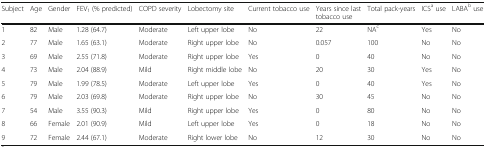
| Subject | Age | Gender | FEV1 (% predicted) | COPD severity | Lobectomy site | Current tobacco use | Years since last tobacco use | Total pack-years | ICSa use | LABAb use |
 | --- | --- | --- | --- | --- | --- | --- | --- | --- | --- | --- |
 | 1 | 82 | Male | 1.28 (64.7) | Moderate | Left upper lobe | No | 22 | NAc | Yes | No |
 | 2 | 77 | Male | 1.65 (63.1) | Moderate | Right upper lobe | No | 0.057 | 100 | No | No |
 | 3 | 69 | Male | 2.55 (71.8) | Moderate | Right upper lobe | Yes | 0 | 40 | No | No |
 | 4 | 73 | Male | 2.04 (88.9) | Mild | Right middle lobe | No | 20 | 30 | Yes | No |
 | 5 | 79 | Male | 1.99 (78.5) | Moderate | Left upper lobe | Yes | 0 | 40 | Yes | No |
 | 6 | 79 | Male | 2.03 (69.8) | Moderate | Right upper lobe | No | 30 | 45 | No | No |
 | 7 | 54 | Male | 3.55 (90.3) | Mild | Right upper lobe | Yes | 0 | 80 | No | No |
 | 8 | 66 | Female | 2.01 (90.9) | Mild | Left upper lobe | Yes | 0 | 18 | No | No |
 | 9 | 72 | Female | 2.44 (67.1) | Moderate | Right lower lobe | No | 12 | 30 | No | No |